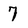
Character: 7